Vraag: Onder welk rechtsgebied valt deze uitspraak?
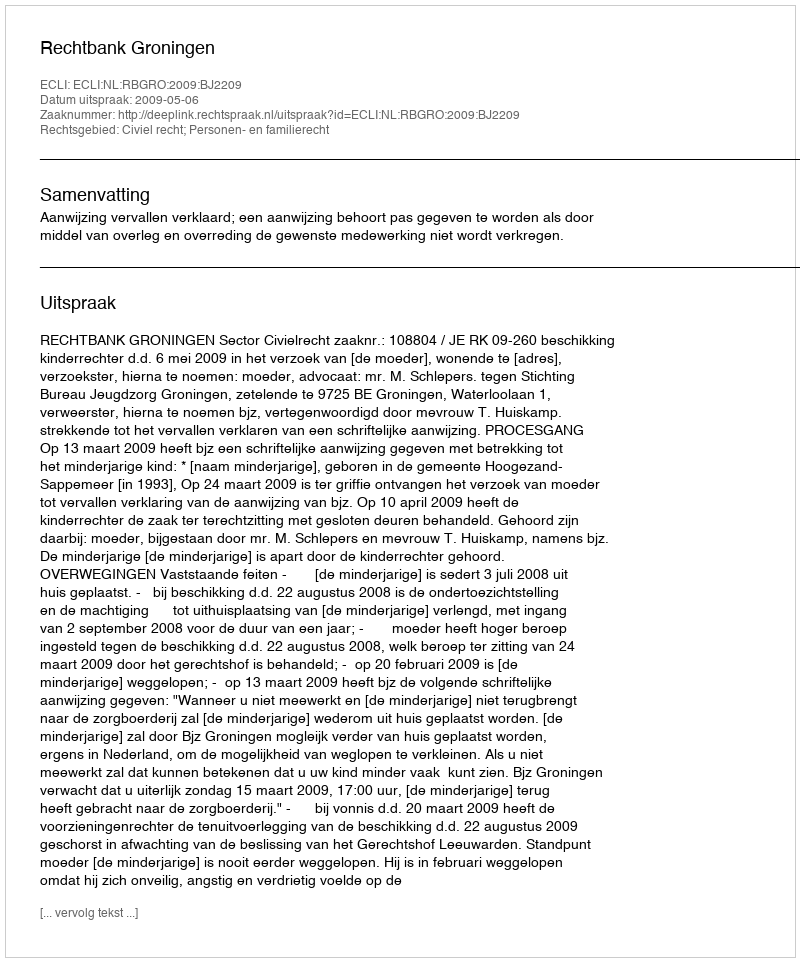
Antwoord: Civiel recht; Personen- en familierecht